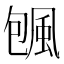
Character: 𱂿